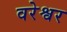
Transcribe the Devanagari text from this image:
वरेश्वर